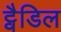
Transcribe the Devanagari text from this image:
ट्वैडिल